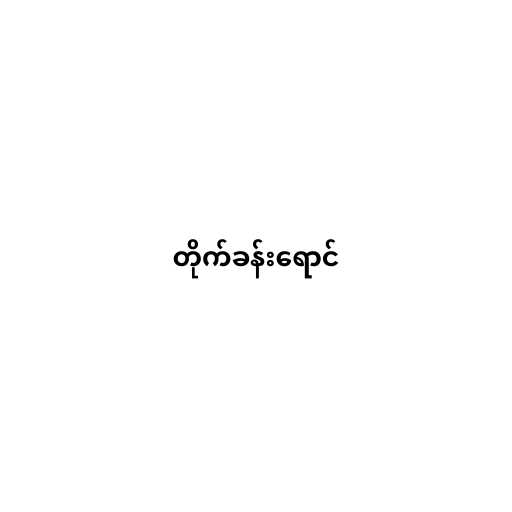
တိုက်ခန်းရောင်